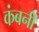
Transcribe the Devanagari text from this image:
कंबनी